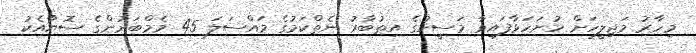
މިހާރު މަޖިލީހަށް ހުށަހަޅާފައިވާ މަސީހުގެ އިތުބާރު ނެތްކަމުގެ މައްސަލަ 45 މެމްބަރުންގެ ސޮޔާއެކު